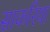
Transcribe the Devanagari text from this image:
साकरिया